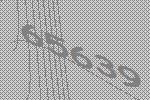
65639